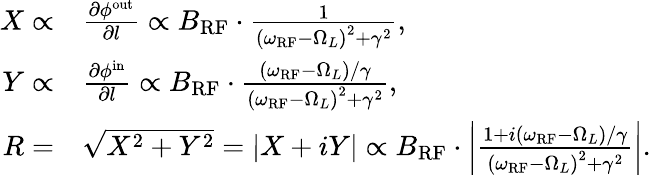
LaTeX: \begin{array}{rl}{X\propto}&{\frac{\partial\phi^{\mathrm{out}}}{\partial l}\propto B_{\mathrm{RF}}\cdot\frac{1}{\left(\omega_{\mathrm{RF}}-\Omega_{L}\right)^{2}+\gamma^{2}},}\\ {Y\propto}&{\frac{\partial\phi^{\mathrm{in}}}{\partial l}\propto B_{\mathrm{RF}}\cdot\frac{\left(\omega_{\mathrm{RF}}-\Omega_{L}\right)/\gamma}{\left(\omega_{\mathrm{RF}}-\Omega_{L}\right)^{2}+\gamma^{2}},}\\ {R=}&{\sqrt{X^{2}+Y^{2}}=|X+iY|\propto B_{\mathrm{RF}}\cdot\left|\frac{1+i\left(\omega_{\mathrm{RF}}-\Omega_{L}\right)/\gamma}{\left(\omega_{\mathrm{RF}}-\Omega_{L}\right)^{2}+\gamma^{2}}\right|.}\end{array}